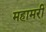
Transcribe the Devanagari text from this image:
महामरी